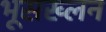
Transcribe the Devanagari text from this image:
भूसख्लन